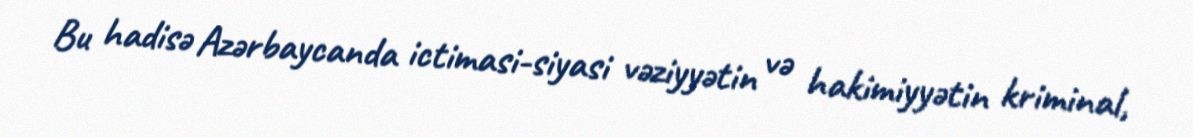
Bu hadisə Azərbaycanda ictimasi-siyasi vəziyyətin və hakimiyyətin kriminal,